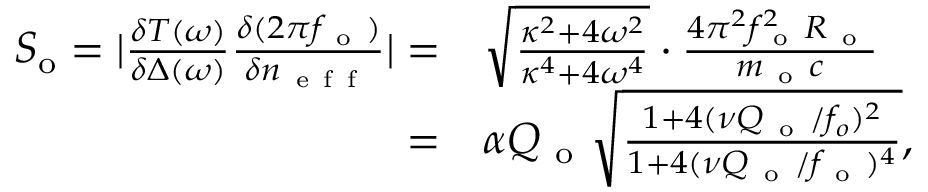
\begin{array} { r l } { S _ { \mathrm { o } } = | \frac { \delta T ( \omega ) } { \delta \Delta ( \omega ) } \frac { \delta ( 2 \pi f _ { \mathrm { ~ o ~ } } ) } { \delta n _ { \mathrm { ~ e ~ f ~ f ~ } } } | = } & { { } \sqrt { \frac { \kappa ^ { 2 } + 4 \omega ^ { 2 } } { \kappa ^ { 4 } + 4 \omega ^ { 4 } } } \cdot \frac { 4 \pi ^ { 2 } f _ { \mathrm { ~ o ~ } } ^ { 2 } R _ { \mathrm { ~ o ~ } } } { m _ { \mathrm { ~ o ~ } } c } } \\ { = } & { { } \alpha Q _ { \mathrm { ~ o ~ } } \sqrt { \frac { 1 + 4 ( \nu Q _ { \mathrm { ~ o ~ } } / f _ { o } ) ^ { 2 } } { 1 + 4 ( \nu Q _ { \mathrm { ~ o ~ } } / f _ { \mathrm { ~ o ~ } } ) ^ { 4 } } } , } \end{array}